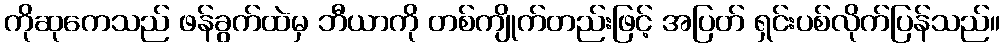
ကိုဆုကေသည် ဖန်ခွက်ထဲမှ ဘီယာကို တစ်ကျိုက်တည်းဖြင့် အပြတ် ရှင်းပစ်လိုက်ပြန်သည်။